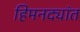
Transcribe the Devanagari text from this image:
हिमनद्यांत